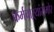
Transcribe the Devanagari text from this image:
कर्मचाऱ्यांसमोर